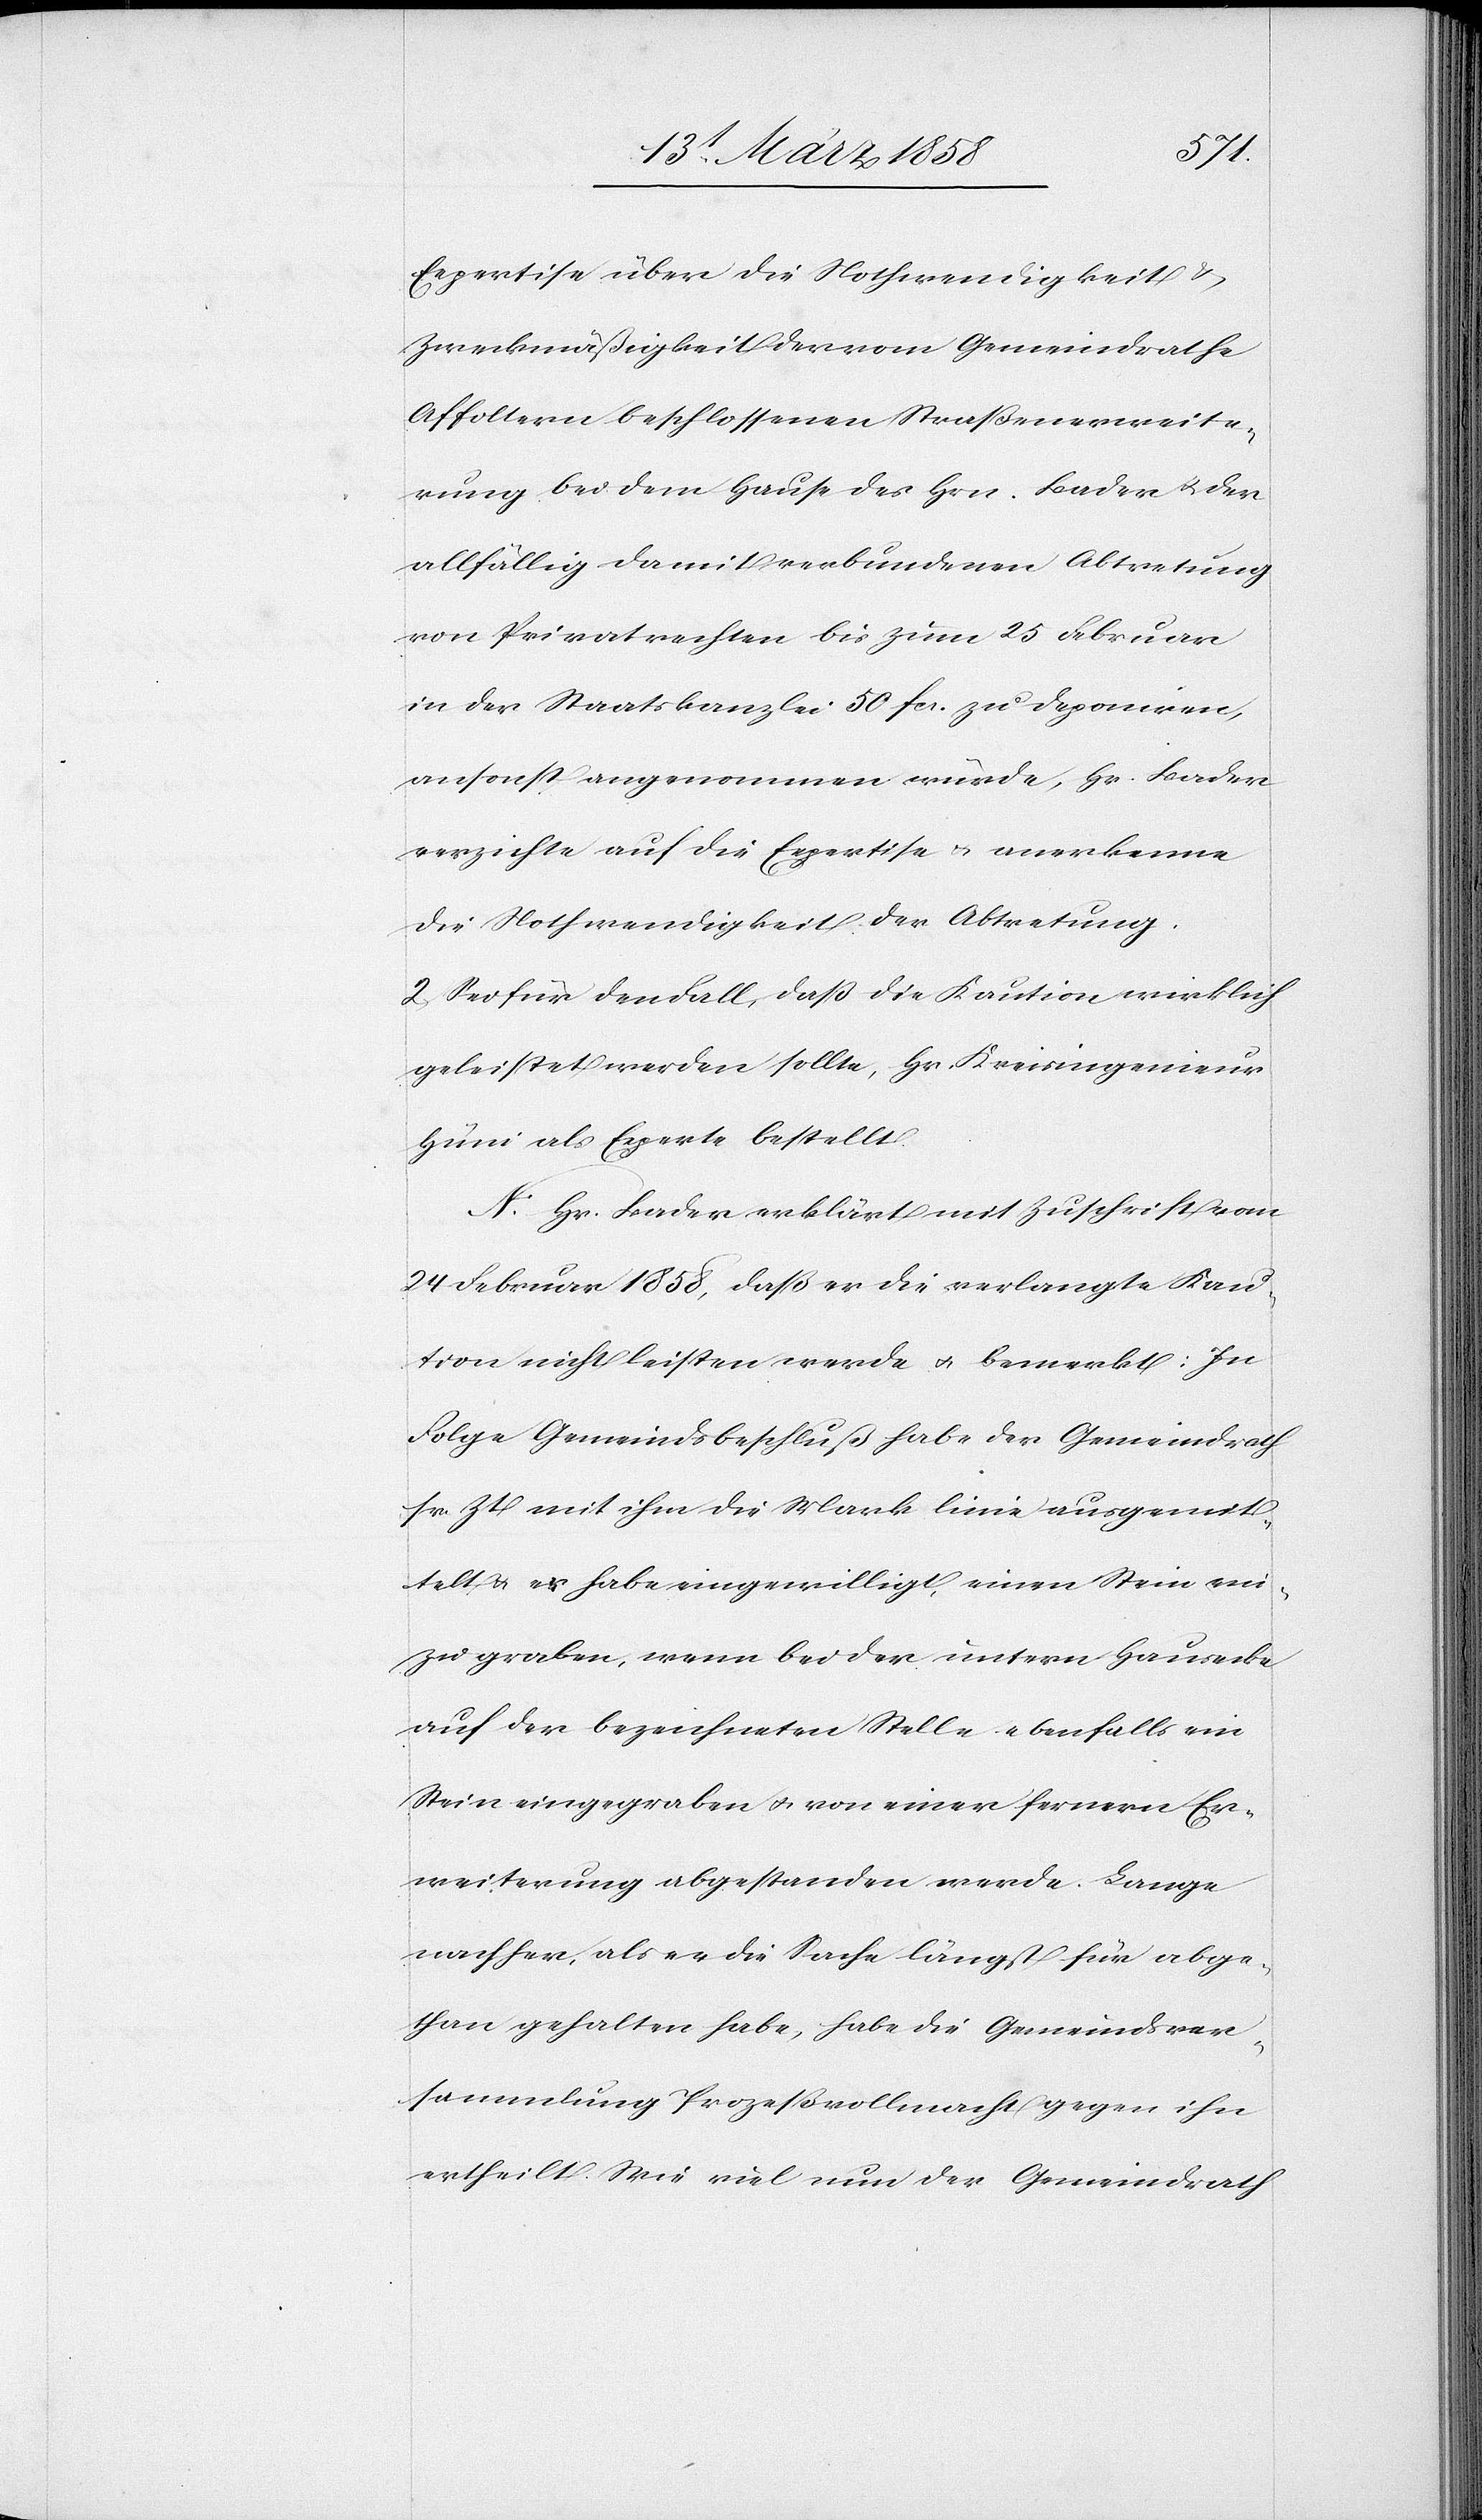
Expertise über die Nothwendigkeit u.
Zweckmäßigkeit der vom Gemeindrathe
Affoltern beschlossenen Straßenerweite¬
rung bei dem Hause des Hrn. Bader u. der
allfällig damit verbundenen Abtretung
von Privatrechten bis zum 25. Februar
in der Staatskanzlei 50 fcs. zu deponiren,
ansonst angenommen würde, Hr. Bader
verzichte auf die Expertise u. anerkenne
die Nothwendigkeit der Abtretung.
2. Sei für den Fall, daß die Kaution wirklich
geleistet werden sollte, Hr. Kreisingenieur
Hüni als Experte bestellt.
N. Hr. Bader erklärt mit Zuschrift vom
24. Februar 1858, daß er die verlangte Kau¬
tion nicht leisten werde u. bemerkt: In
Folge Gemeindsbeschluß habe der Gemeindrath
sr. Zt. mit ihm die Marklinie ausgemit¬
telt u. er habe eingewilligt, einen Stein ein¬
zugraben, wenn bei der untern Hausecke
auf der bezeichneten Stelle ebenfalls ein
Stein eingegraben u. von einer fernern Er¬
weiterung abgestanden werde. Lange
nachher, als er die Sache längst für abge¬
than gehalten habe, habe die Gemeindsver¬
sammlung Prozeßvollmacht gegen ihn
ertheilt. Wie viel nun der Gemeindrath